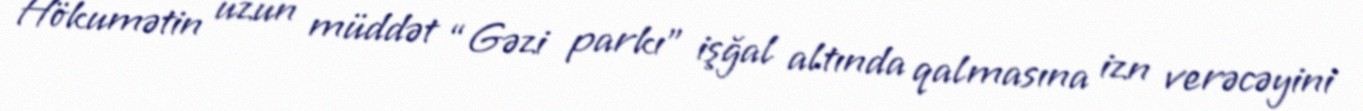
Hökumətin uzun müddət “Gəzi parkı” işğal altında qalmasına izn verəcəyini